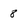
Character: 8